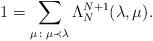
LaTeX: \begin{align*}1 = \sum_{\mu\colon \mu\prec\lambda}{\Lambda^{N+1}_N(\lambda, \mu)}.\end{align*}